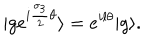
| g e ^ { i { \frac { { \sigma } _ { 3 } } { 2 } } { \theta } } \rangle = e ^ { i l { \theta } } | g \rangle .